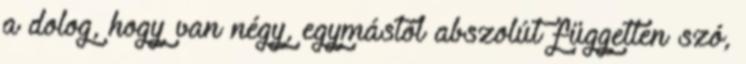
a dolog, hogy van négy, egymástól abszolút független szó,